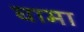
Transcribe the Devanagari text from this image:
घामा